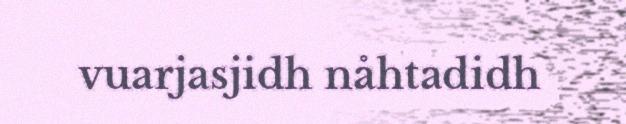
vuarjasjidh nåhtadidh